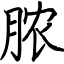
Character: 脓